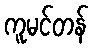
ကူမင်တန်